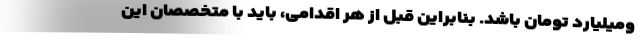
ومیلیارد تومان باشد. بنابراین قبل از هر اقدامی، باید با متخصصان این